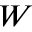
W